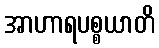
အာဟာရပစ္စယာတိ